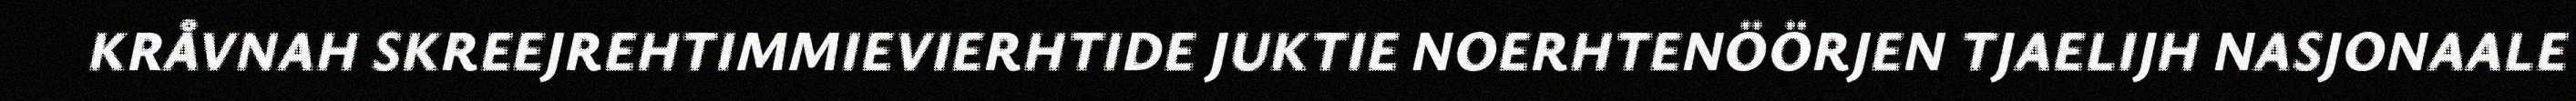
KRÅVNAH SKREEJREHTIMMIEVIERHTIDE JUKTIE NOERHTENÖÖRJEN TJAELIJH NASJONAALE